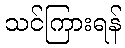
သင်ကြားရန်